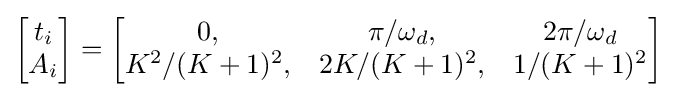
{\begin{bmatrix}t_{i}\\A_{i}\end{bmatrix}}={\begin{bmatrix}0,&\pi /\omega _{d},&2\pi /\omega _{d}\\K^{2}/(K+1)^{2},&2K/(K+1)^{2},&1/(K+1)^{2}\end{bmatrix}}